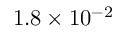
1 . 8 \times 1 0 ^ { - 2 }